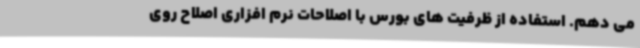
می دهم. استفاده از ظرفیت های بورس با اصلاحات نرم افزاری اصلاح روی